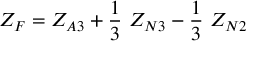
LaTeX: Z _ { F } = Z _ { A 3 } + { \frac { 1 } { 3 } } ~ Z _ { N 3 } - { \frac { 1 } { 3 } } ~ Z _ { N 2 }